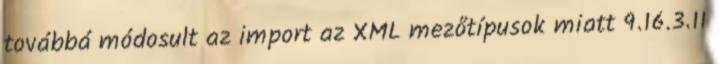
továbbá módosult az import az XML mezőtípusok miatt 9.16.3.11